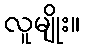
လူမျိုး။